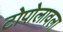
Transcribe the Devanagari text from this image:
टोपोलावला